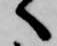
へ